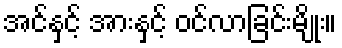
အင်နှင့် အားနှင့် ဝင်လာခြင်းမျိုး။